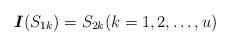
LaTeX: \begin{align*}\mbox{\boldmath$I$}(S_{1k})=S_{2k}(k=1,2,\ldots,u)\end{align*}